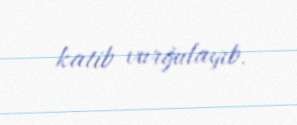
katib vurğulayıb.